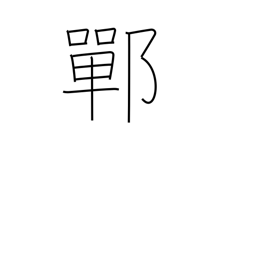
Meaning: place name